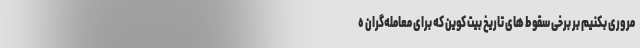
مروری بکنیم بر برخی سقوط های تاریخ بیت کوین که برای معامله‌گران ه